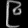
Digit: ၉